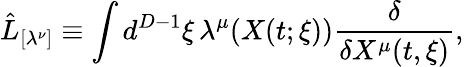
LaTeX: \hat{L}_{[\lambda^{\nu}]}\equiv\int d^{D-1}\xi\, \lambda^{\mu}(X(t;\xi))\frac{\delta}{\delta X^{\mu}(t,\xi)},